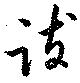
跋